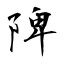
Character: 陴